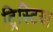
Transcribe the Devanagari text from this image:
ट्रिस्टिया